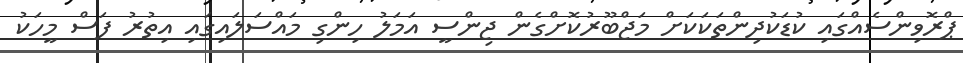
ޕްރޮވިންސެއްގައި ކުޑަކުދިންތަކަކަށް މަޖްބޫރުކޮށްގެން ޖިންސީ އަމަލު ހިންގި މައްސަލައިގައި އިތުރު ފަސް މީހަކު